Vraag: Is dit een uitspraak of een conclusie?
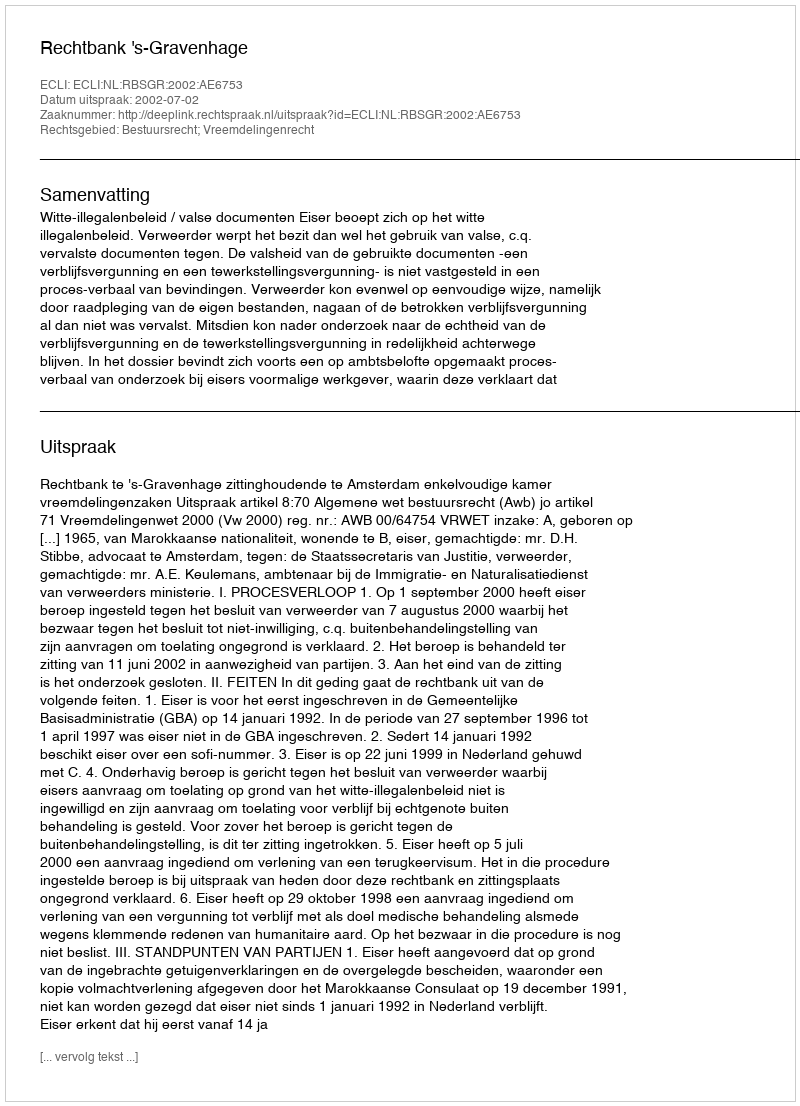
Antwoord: Uitspraak